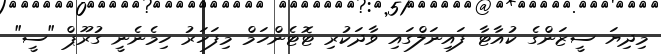
މިދިޔަ ސީޒަންގެ ކުއާޓާ ފައިނަލްގައި ވާދަކުރި ޓޮޓެންހަމް މިފަހަރު ހިމެނެނީ ގުރޫޕް "ސީ"